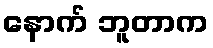
နောက် ဘူတာက